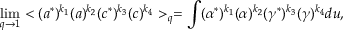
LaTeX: \operatorname * { l i m } _ { q \to 1 } < ( a ^ { * } ) ^ { k _ { 1 } } ( a ) ^ { k _ { 2 } } ( c ^ { * } ) ^ { k _ { 3 } } ( c ) ^ { k _ { 4 } } > _ { q } = \int ( \alpha ^ { * } ) ^ { k _ { 1 } } ( \alpha ) ^ { k _ { 2 } } ( \gamma ^ { * } ) ^ { k _ { 3 } } ( \gamma ) ^ { k _ { 4 } } d u ,